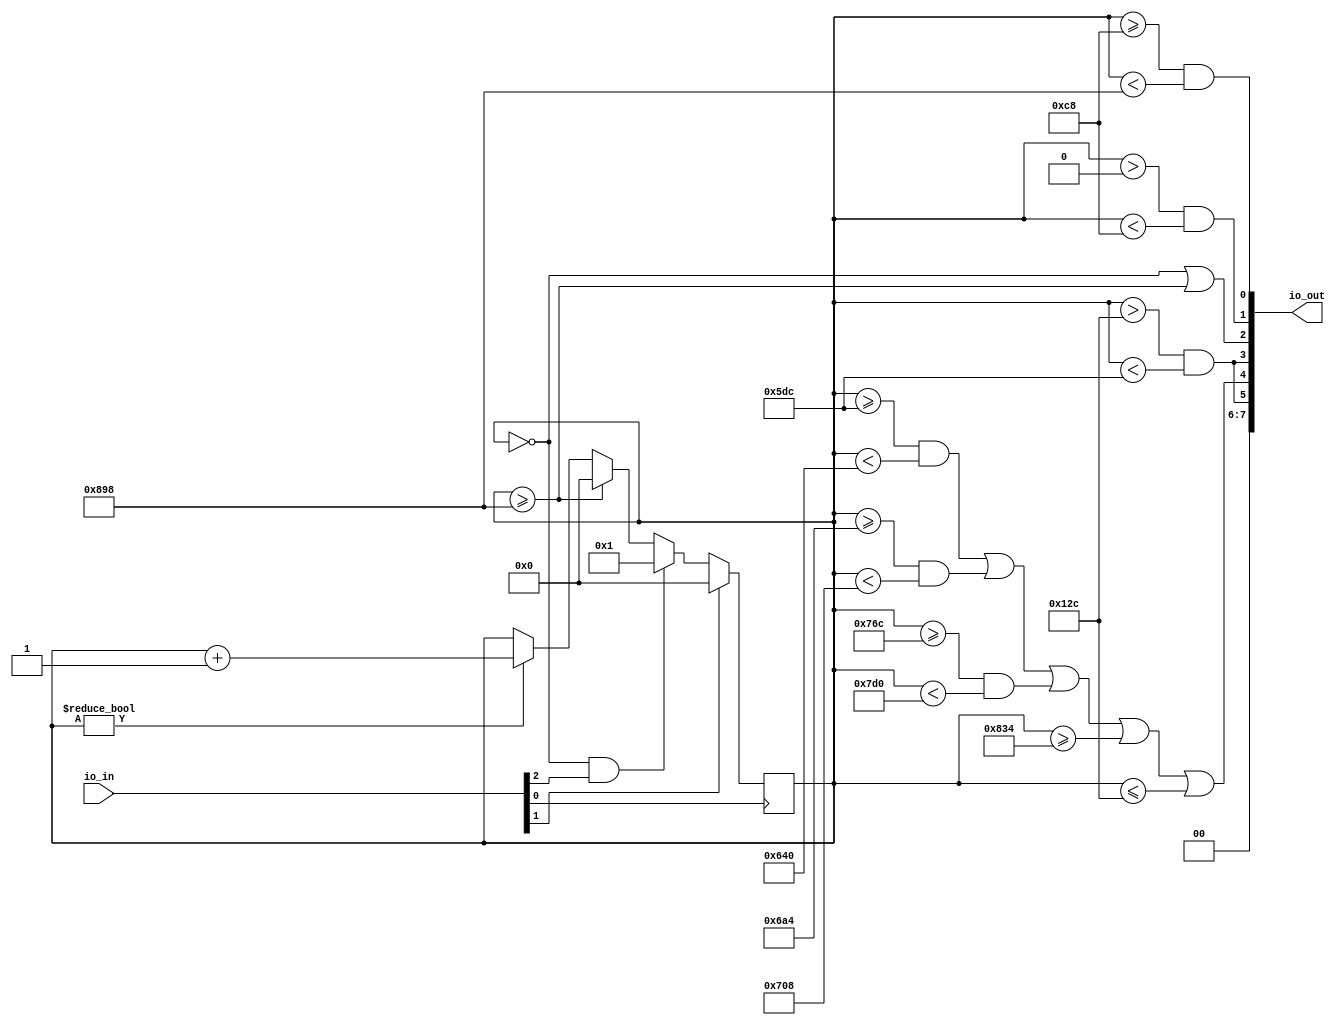
module beepboop (
        io_in,
        io_out
);
        input [7:0] io_in;
        output wire [7:0] io_out;
        wire clock = io_in[0];
        wire reset = io_in[1];
        wire btn = io_in[2];
        reg red;
        reg yellow;
        reg green;
        reg walk;
        reg no_walk;
        reg the_beepbooper;
        assign io_out = {2'b00, the_beepbooper, no_walk, walk, green, yellow, red};
        reg [15:0] counter;
        always @(posedge clock)
                if (reset)
                        counter <= 0;
                else begin
                        if (counter != 0)
                                counter <= counter + 1;
                        if (counter >= 2200)
                                counter <= 0;
                        if ((counter == 0) && btn)
                                counter <= 1;
                end
        always @(*) begin
                green = (counter == 0) || (counter >= 2200);
                yellow = (counter > 0) && (counter < 200);
                red = (counter >= 200) && (counter < 2200);
                walk = (counter > 300) && (counter < 1500);
                the_beepbooper = walk;
                no_walk = (((((counter >= 1500) && (counter < 1600)) || ((counter >= 1700) && (counter < 1800))) || ((counter >= 1900) && (counter < 2000))) || (counter >= 2100)) || (counter <= 300);
        end
endmodule